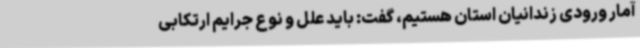
آمار ورودی زندانیان استان هستیم، گفت: باید علل و نوع جرایم ارتکابی